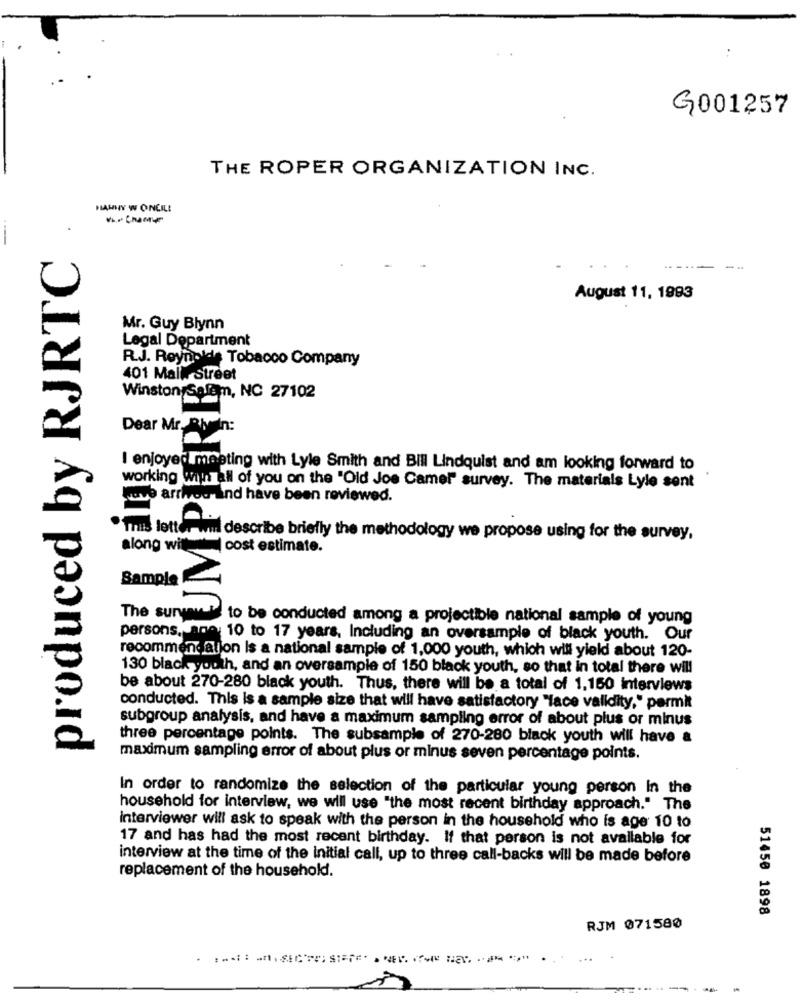
G001257
THE ROPER ORGANIZATION INC.
HAWHY W ONCILE
produced by RJRTC
--
August 11, 1993
Mr. Guy Blynn
Legal Department
R.J. Reynolds Tobacco Company
401 Malle Street
Winston Salem, NC 27102
Dear Mr. Riven:
I enjoyed meeting with Lyle Smith and Bill Lindquist and am looking forward to
working with all of you on the "Old Joe Camer" survey. The materials Lyle sont
nove arrivou and have been reviewed.
This lette
i describe briefly the methodology we propose using for the survey,
along with cost estimate.
Sample
The suryavan
to be conducted among a projectible national sample of young
persons. ana 10 to 17 years, Including an oversample of black youth. Our
recommendation Is a national sample of 1,000 youth, which will yield about 120-
130 black youth, and an oversample of 150 black youth, so that in total there will
be about 270-280 black youth. Thus, there will be a total of 1,150 interviews
conducted. This is a sample size that will have satisfactory "face validity," permit
subgroup analysis, and have a maximum sampling error of about plus or minus
three percentage points. The subsample of 270-280 black youth will have &
maximum sampling error of about plus or minus seven percentage points.
In order to randomize the selection of the particular young person in the
household for interview, we will use "the most recent birthday approach." The
interviewer will ask to speak with the person in the household who is age 10 to
17 and has had the most recent birthday. If that person is not available for
interview at the time of the initial call, up to three call-backs will be made before
replacement of the household.
51450 1898
RJM 071580